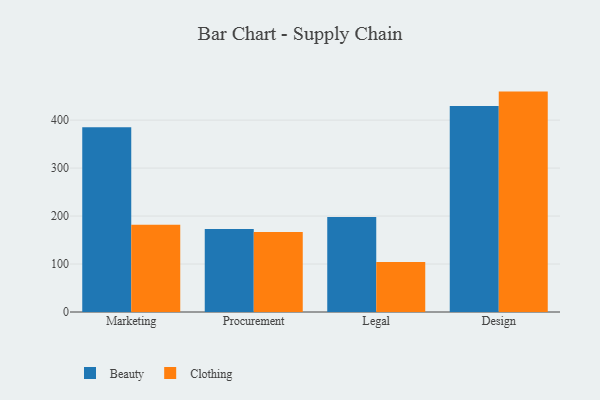
{"axis": {"x": "Department", "y": "Tickets Resolved"}, "legend": ["Beauty", "Clothing"], "data": [{"x": "Marketing", "y": 385.0, "type": "Beauty"}, {"x": "Marketing", "y": 182.0, "type": "Clothing"}, {"x": "Procurement", "y": 173.2, "type": "Beauty"}, {"x": "Procurement", "y": 166.6, "type": "Clothing"}, {"x": "Legal", "y": 198.1, "type": "Beauty"}, {"x": "Legal", "y": 104.4, "type": "Clothing"}, {"x": "Design", "y": 429.2, "type": "Beauty"}, {"x": "Design", "y": 459.4, "type": "Clothing"}]}